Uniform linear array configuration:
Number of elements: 8
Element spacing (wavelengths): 0.75
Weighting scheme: cosine
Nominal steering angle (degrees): -30
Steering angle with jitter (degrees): -29.735
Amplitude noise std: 0.05
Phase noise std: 0.05

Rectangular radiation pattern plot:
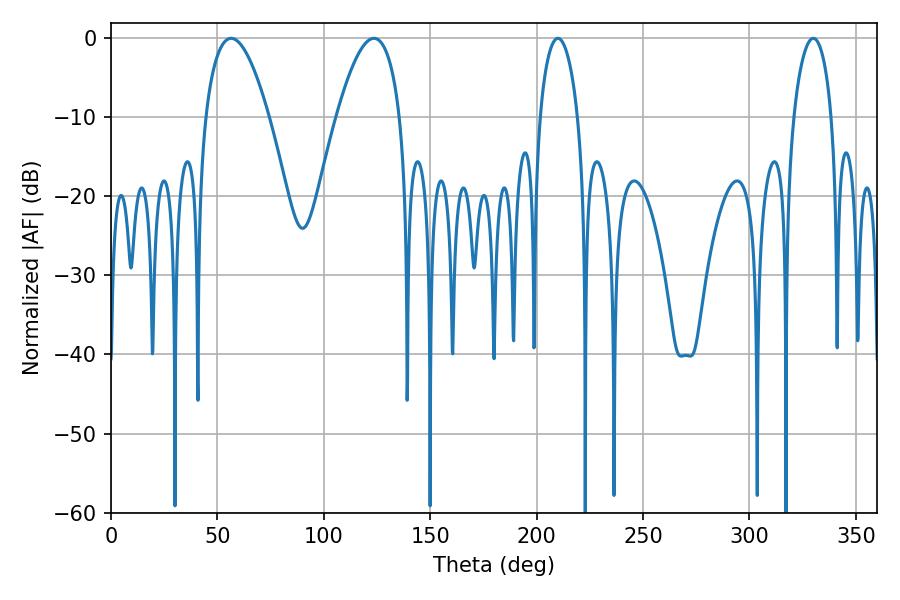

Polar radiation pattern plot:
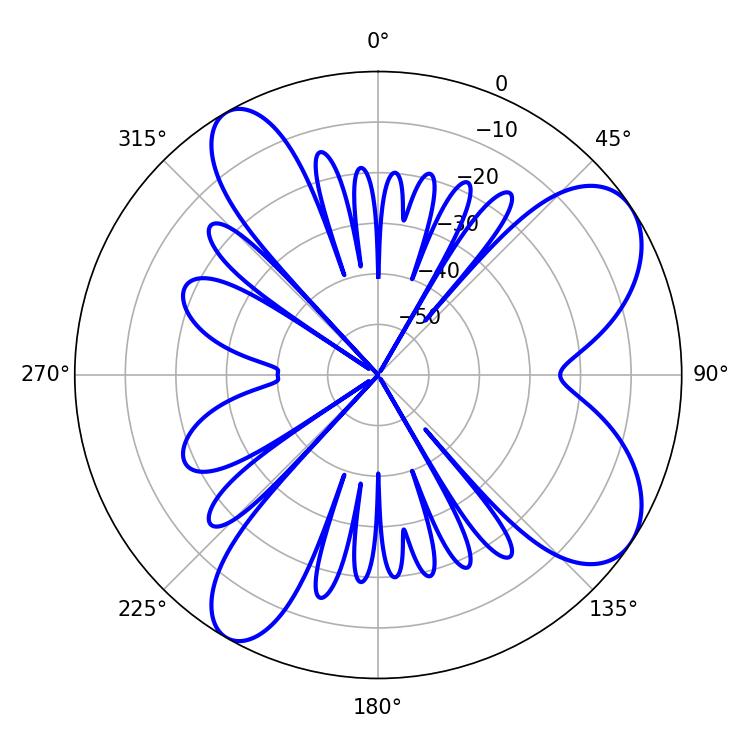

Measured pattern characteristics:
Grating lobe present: TRUE
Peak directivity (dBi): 7.895
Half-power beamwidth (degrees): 16.38
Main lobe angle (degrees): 56.52